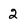
Character: 2